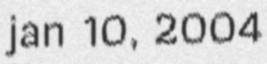
jan 10, 2004